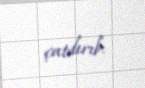
çatdırıb.